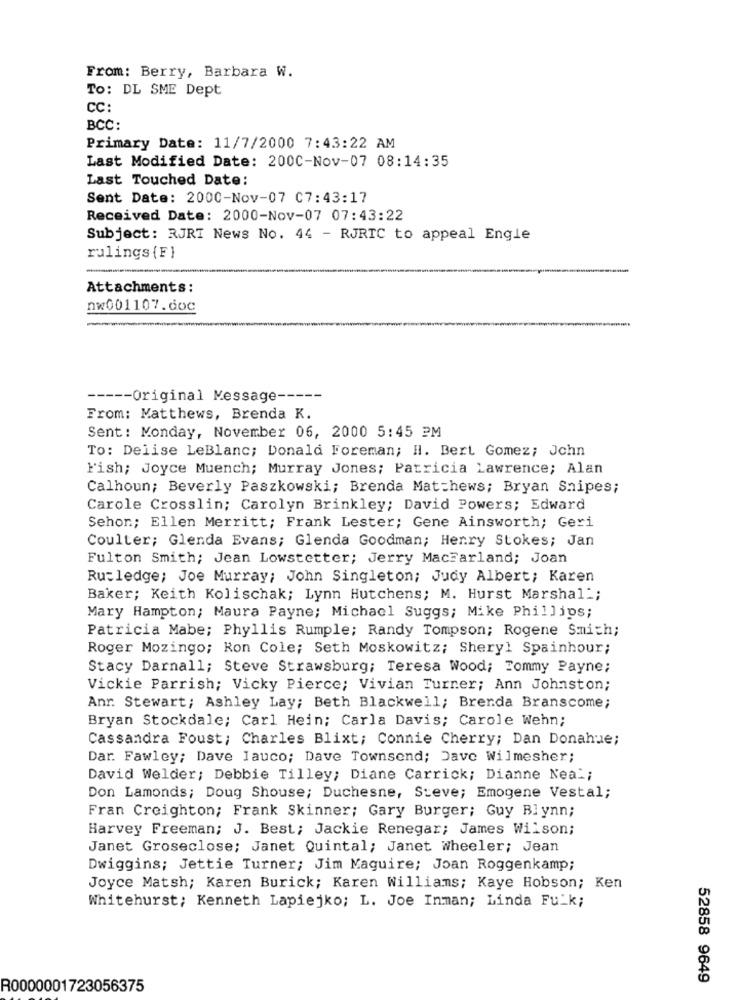
From: Berry, Barbara W.
To: DL SME Dept
CC:
BCC:
Primary Date: 11/7/2000 7:43:22 AM
Last Modified Date: 200C-Nov-07 08:14:35
Last Touched Date:
Sent Date: 2000-Nov-07 C7:43:17
Received Date: 2000-Nov-07 07:43:22
Subject: RJRT News No. 44 - RJRTC to appeal Engle
rulings {F}
Attachments:
nw001107.doc
----- Original Message -----
From: Matthews, Brenda K.
Sent: Monday, November 06, 2000 5:45 PM
To: Delise LeBlanc; Donald Foreman; H. Bert Gomez; Jchn
Fish; Joyce Muench; Murray Jones; Patricia Lawrence; Alan
Calhoun; Beverly Paszkowski; Brenda Matthews; Bryan Snipes;
Carole Crosslin; Carolyn Brinkley; David Powers; Edward
Sehon; Ellen Merritt; Frank Lester; Gene Ainsworth; Geri
Coulter; Glenda Evans; Glenda Goodman; Henry Stokes; Jan
Fulton Smith; Jean Lowstetter; Jerry MacFarland; Joan
Rutledge; Joe Murray; John Singleton; Judy Albert; Karen
Baker; Keith Kolischak; Lynn Hutchens; M. Hurst Marshal :;
Mary Hampton; Maura Payne; Michael Suggs; Mike Phillips;
Patricia Mabe; Phyllis Rumple; Randy Tompson; Rogene Smith;
Roger Mozingo; Ron Cole; Seth Moskowitz; Sheryl Spainhour;
Stacy Darnall; Steve Strawsburg; Teresa Wood; Tommy Payne;
Vickie Parrish; Vicky Pierce; Vivian Turner; Ann Johnston;
Anr. Stewart; Ashley Lay; Beth Blackwell; Brenda Branscome;
Bryan Stockdale; Carl Hein; Carla Davis; Carole Wehn;
Cassandra Foust; Charles Blixt; Connie Cherry; Dan Donahue;
Dar. Fawley; Dave lauco; Dave Townsend; Dave Wilmesher;
David Welder; Debbie Tilley; Diane Carrick; Dianne Neal;
Don Lamonds; Doug Shouse; Duchesne, Steve; Emogene Vestal;
Fran Creighton; Frank Skinner; Gary Burger; Guy Blynn;
Harvey Freeman; J. Best; Jackie Renegar; James Wilson;
Janet Groseclose; Janet Quintal; Janet wheeler; Jean
Dwiggins; Jettie Turner; Jim Maguire; Joan Roggenkamp;
Joyce Matsh; Karen Burick; Karen Williams; Kaye Hobson; Ken
Whitehurst; Kenneth Lapiejko; L. Joe Inman; Linda Fu_k;
52858 9649
R0000001723056375